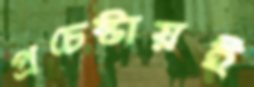
প্রচেষ্টায়ই